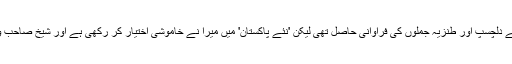
'پرانے پاکستان' میں تو میڈیا کو اداکارہ میرا کی گلابی انگریزی اور شیخ رشید کے دلچسپ اور طنزیہ جملوں کی فراوانی حاصل تھی لیکن 'نئے پاکستان' میں میرا نے خاموشی اختیار کر رکھی ہے اور شیخ صاحب وزیر بن چکے ہیں، اس لیے ان کے پاس اب چٹکلوں کے لیے فارغ وقت ہی نہیں۔